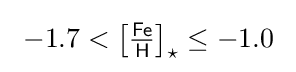
\ -1.7<{\bigl [}{\tfrac {\mathsf {Fe}}{\mathsf {H}}}{\bigr ]}_{\star }\leq -1.0\